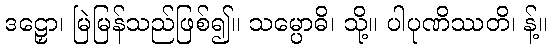
ဒဠှော၊ မြဲမြန်သည်ဖြစ်၍။ သမ္ပောဓိ၊ သို့။ ပါပုဏိဿတိ၊ န့်။